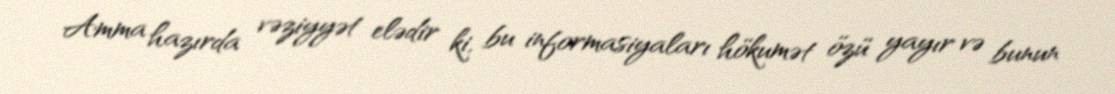
Amma hazırda vəziyyət elədir ki, bu informasiyaları hökumət özü yayır və bunun